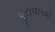
પૂરાવાઓ